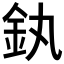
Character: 釻